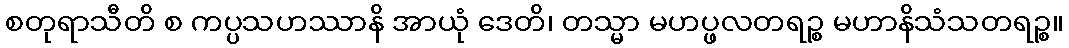
စတုရာသီတိ စ ကပ္ပသဟဿာနိ အာယုံ ဒေတိ၊ တသ္မာ မဟပ္ဖလတရဉ္စ မဟာနိသံသတရဉ္စ။